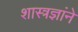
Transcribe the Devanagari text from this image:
शास्त्रज्ञांने